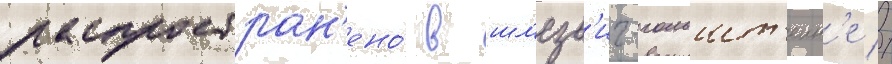
распростран'ено́ в шл'езв'иг-гольшт'еин'е //